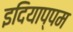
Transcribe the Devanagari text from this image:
इदियाप्पम